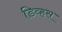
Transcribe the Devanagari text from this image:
डिव्हस